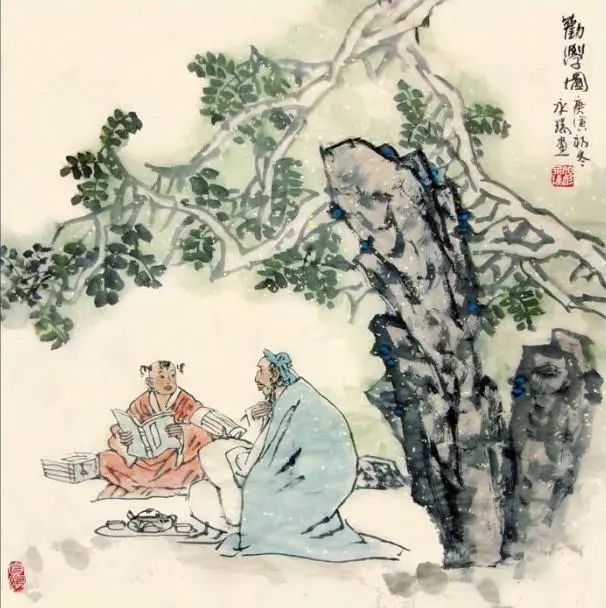
君子之学也，入乎耳，着乎心